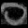
Digit: ၀